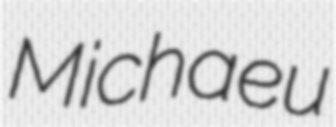
Michaeu